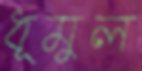
ধূমুল